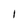
Character: 1